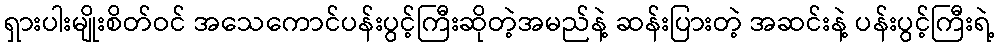
ရှားပါးမျိုးစိတ်ဝင် အသေကောင်ပန်းပွင့်ကြီးဆိုတဲ့အမည်နဲ့ ဆန်းပြားတဲ့ အဆင်းနဲ့ ပန်းပွင့်ကြီးရဲ့